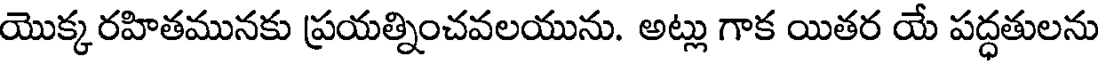
యొక్క రహితమునకు ప్రయత్నించవలయును. అట్లు గాక యితర యే పద్ధతులను